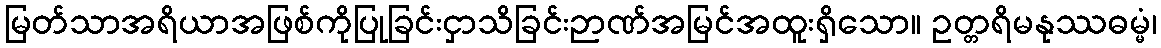
မြတ်သာအရိယာအဖြစ်ကိုပြုခြင်းငှာသိခြင်းဉာဏ်အမြင်အထူးရှိသော။ ဥတ္တရိမနုဿဓမ္မံ၊